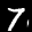
Label: 7